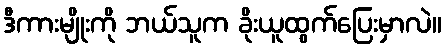
ဒီကားမျိုးကို ဘယ်သူက ခိုးယူထွက်ပြေးမှာလဲ။